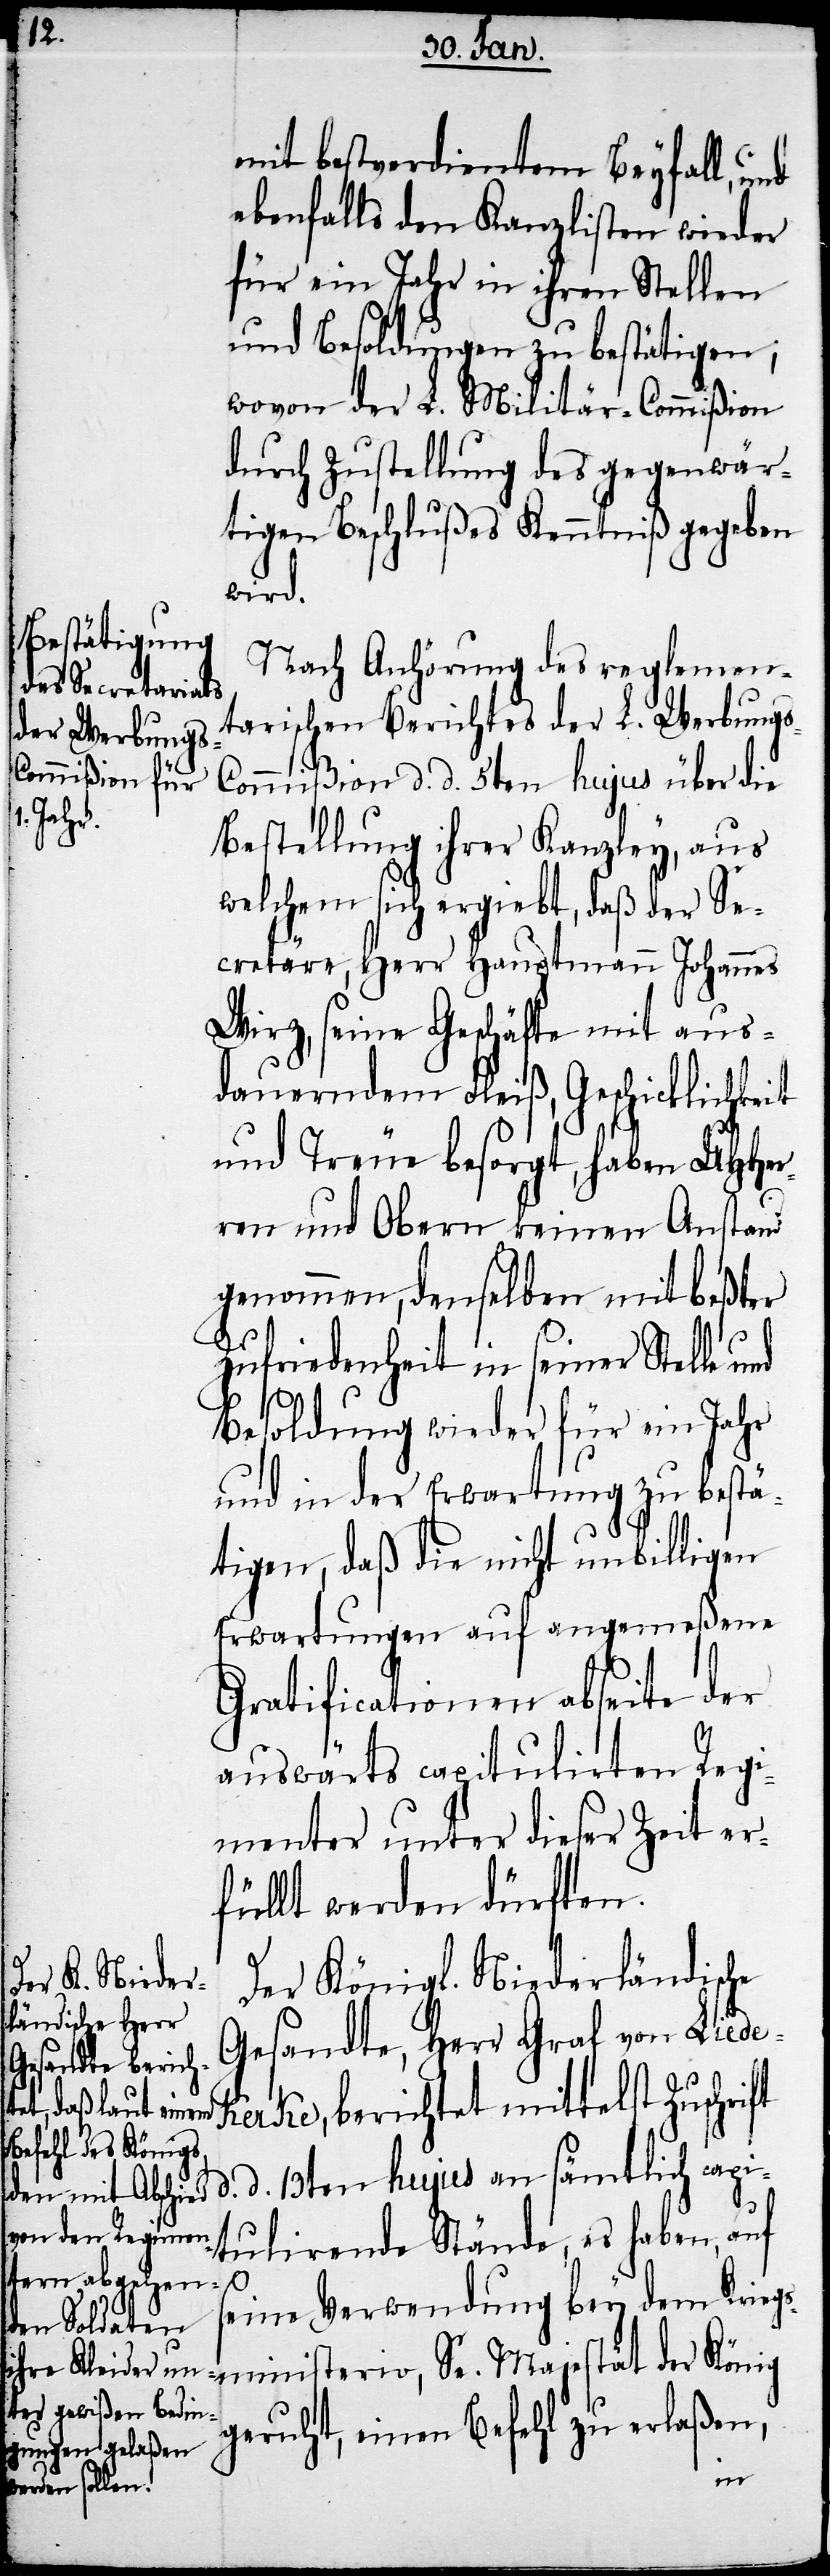
mit bestverdientem Beyfall, und
ebenfalls den Kanzlisten wieder
für ein Jahr in ihren Stellen
und Besoldungen zu bestätigen;
wovon der L. Militär-Commißion
durch Zustellung des gegenwär¬
tigen Beschlußes Kenntniß gegeben
wird.
Nach Anhörung des reglemen¬
tarischen Berichtes der L. Werbung¬
ommißion d. d. 5ten hujus über die
Bestellung ihrer Kanzley, aus
welchem sich ergiebt, daß der Se¬
cretäre, Herr Hauptmann Johannes
Wirz, seine Geschäfte mit aus¬
dauerndem Fleiß, Geschicklichkeit
und Treue besorgt, haben UHHer¬
ren und Obern keinen Anstand
genommen, denselben mit beßter
Zufriedenheit in seiner Stelle und
Besoldung wieder für ein Jahr
und in der Erwartung zu bestä¬
tigen, daß die nicht unbilligen
Erwartungen auf angemeßene
Gratificationen abseite der
auswärts capitulirten Regi¬
menter unter dieser Zeit er¬
füllt werden dürften.
Der Königl. Niederländische
Gesandte, Herr Graf von Liede¬
kerke, berichtet mittelst Zuschrift
d. d. 13ten hujus an sämtlich capi¬
tulirende Stände, es haben, auf
s¬
eine Verwendung bey dem Krieg¬
sministerio, Se. Majestät der König
geruht, einen Befehl zu erlaßen,